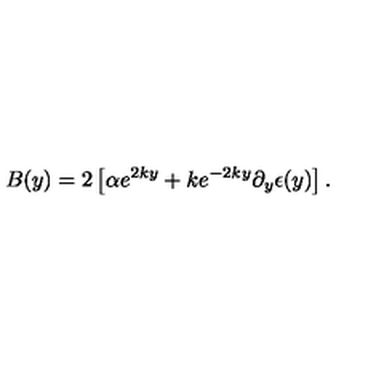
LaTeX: B ( y ) = 2 \left[ \alpha e ^ { 2 k y } + k e ^ { - 2 k y } \partial _ { y } \epsilon ( y ) \right] .